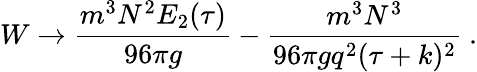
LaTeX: W\to{\frac{m^{3}N^{2}E_{2}(\tau)}{96\pi g}}-{\frac{m^{3}N^{3}}{96\pi gq^{2}(\tau+k)^{2}}}\ .